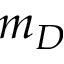
m _ { D }